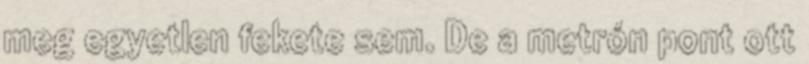
meg egyetlen fekete sem. De a metrón pont ott